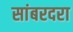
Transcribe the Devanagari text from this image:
सांबरदरा